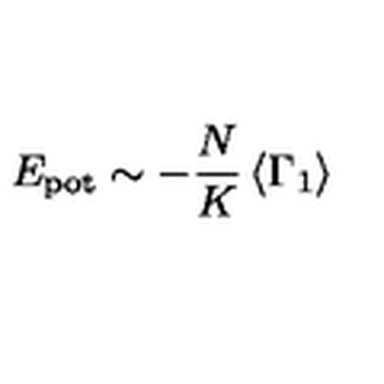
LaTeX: E _ { \mathrm { p o t } } \sim - \frac { N } { K } \left< \Gamma _ { 1 } \right>